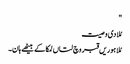
"
مُلا دی وصیت
مُلا ہوریں قبر وچ لتاں لمکا کے بیٹھے ہان۔